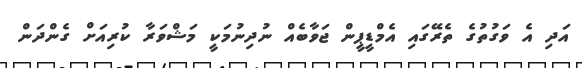
އަދި އެ ވަގުތުގެ ތެރޭގައި އެމްޑީޕީން ޖަވާބެއް ނުދިނުމަކީ މަޝްވަރާ ކުރިއަށް ގެންދަން